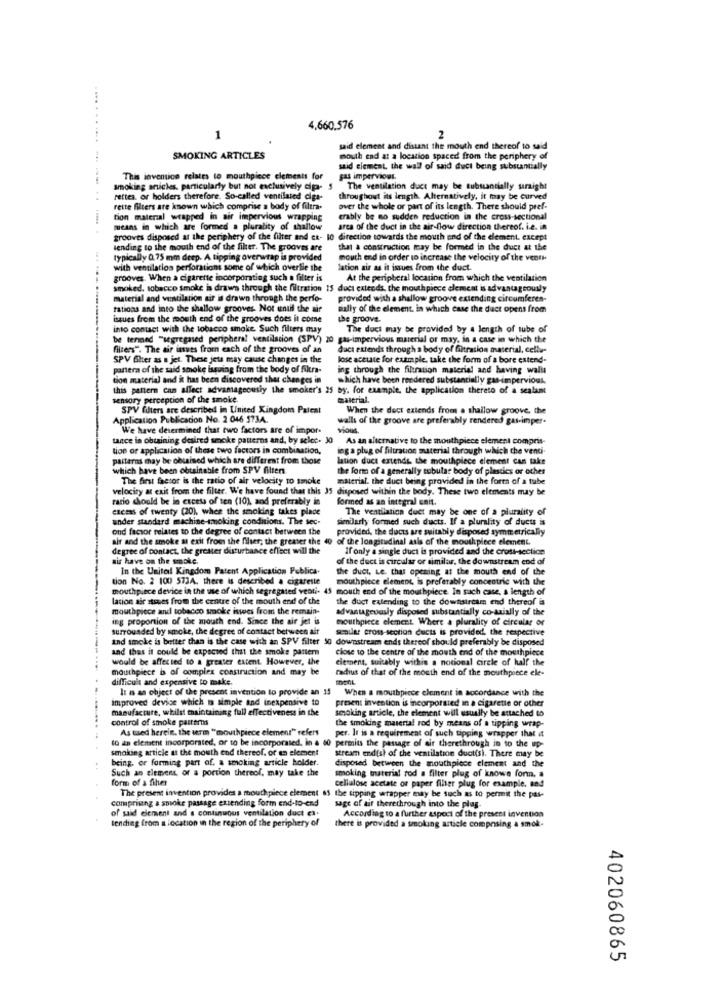
4,660.576
1
2
said element and distant the mouth end thereof to said
SMOKING ARTICLES
mouth end at a location spaced from the periphery of
said clement, the wall of said duct being substantially
This invention relates to mouthpiece elements for
gas impervious.
smoking articles, particularly but not exclusively diga- $ The ventilation duct may be substantially sraight
smoking articles. particularly but not exclusively diga-
rettes. or holders therefore. So-called ventilated ciga-
throughout its length. Alternatively, it may be curved
rette filters are known which comprise a body of filtra.
over the whole or part of its length. There should pref.
tion material wrapped in air impervious wrapping
erably be no sudden reduction in the cross-sectional
... ... .... ... ... .....
means in which are formed a plurality of shallow
area of the duct in the air-flow direction thereof. i.e. in
grooves disposed at the periphery of the filter and ca- 10 direction towards the mouth and of the element. except
lending to the mouth end of the filter. The grooves are
that a construction may be formed in the duct at the
typically Q.75 mm deep. A tipping overwrap is provided
mouth and in order to increase the velocity of the venti
with ventilation perforations some of which overBie the
lation air as it issues from the duct.
grooves. When a cigarette incorporating such o filter is
At the peripheral location from which the ventilation
smoked, tobacco smoke is draws through the filtration 15 duct catends, the mouthpiece element is advantageously
material and ventilation air is drawn through the perfe-
provided with a shallow groove extending circumferen-
tations and into the shallow grooves. Not until the air
sally of the element. in which case the duet opens from
issues from the mouth end of the grooves does it come
the groove.
into contact with the tobacco smoke Such filters may
The duct may be provided by a length of tube of
be termed "segregated peripheral ventilation (SPV) 20 gas-impervious material or may, in a case in which the
filters". The air issues from each of the grooves of an
duct extends through a body of filtration material, cellu-
SPV Ghter as s jet. These jets may cause changes in the
lose acette for example. take the form of a bore extend-
pantera of the said smoke issuing from the body of filtra-
ing through the filtration material and having walls
tion material and it has been discovered that changes in
which have been rendered substantially gas-impervious.
this pattern can affect advantagecushy the smoker's 25 by. for example, the application thereto of a sealant
sensory perception of the smoke.
material.
SPV filters are described in United Kingdom Palest
When the dect extends from a shallow groove, the
Application Publication No. 2 046 5734.
walls of the groove are preferably rendered gas-imper-
We have determined that two factors are of impor-
ViOUS.
tance is obuining desired smoke patterns and, by selec. JO
As an alternative to the mouthpiece element compris-
tioe or application of these two factors in combination,
leg a plug of filtration material through which che venti-
palfarns may be obtained which are different from those
lation duct extends, the mouthpiece element can take
which have been obtainable from SPV filters
the form of a generally tubular body of plastics or other
The first fhaesor is the ratio of air velocity to smoke
material. the duct being provided in the form of a tube
velocity at exit from the filter. We have found that this 35 disposed within the body. These two elements may be
rario should be in excess of ten (10), and preferably in
formed as an integral unit.
excess of twenty (20), when the smoking takes place
The ventilation duct may be one of a plurality of
ander standard machine-smoking conditions. The sec.
similarly formed such ducts. If a plurality of ducts is
ond factor relates to the degree of contact between the
provided, the ducts are suitably disposed symmetrically
air and the smoke at exit from the filer; the greater the 40 of the longitudinal asis of the mouthpiece element.
degree of contact, the greater disturbance effect will the
If only a single duct is provided and the crust-section
ais have on the smoke.
of the duct is circular or similar, the downstream end of
In the United Kingdom Patent Application Publica.
the duet, Le thar opening at the mouth end of the
tion No. 2 100 573A. there is described a cigarette
mouthpiece element, is preferably concentric with the
mouthpiece device in the use of which segregated vesti. 45 mouth end of the mouthpiece. In such case, s length of
lacion air stases from the centre of the mouth end of the
the duct extending to the downstream end thereof is
mouthpiece and tobacco smoke iswees from the remain-
advantageously disposed substantially co-axially of the
ing proportion of the mouth end. Since the air jet is
mouthpiece element. Where a plurality of circular or
surrounded by smoke, the degree of contact between ait
semilas cross-section ducts is provided, the respective
and smoke is better than is the case with an SPV filter 30 downstream ends thereof should preferably be disposed
and thus it could be expected that the smoke pattern
close to the centre of the mouth end of the mouthpiece
would be affected to a greater extent. However, the
clement, suitably withis a notional circle of half the
mouthpiece b of complex construction and may be
radius of that of the mouth end of the mouthpiece ele-
difficult and expensive to make.
It is an object of the present invention to provide an 35
When a mouthpiece element in accordance with the
improved device which is simple and inexpensive to
present invention is incorporated in a cigarette or other
manufacture, whilst maintaining full effectiveness in the
smoking article, the element will usually be attached to
control of smoke patterns
the smoking material rod by means of a tipping wrap-
As tued herein. the urm "mouthpiece element" refers
per. It is a requirement of such tipping wrapper that it
to an element incorporated, or to be incorporated, in a 60 permits the passage of air therethrough in to the up-
smoking article at the mouth end thereof. or en element
stream endish of the ventilation duct(s). There may be
being, or forming part of. a smoking article holder.
disposed between the mouthpiece element and the
Such an element, or a portion thereof, may take the
form of a fihver
smoking tnaterial rod a filter plug of knows form. a
cellulose acetate or paper fiher plug for example. and
comprising & smoke passage extending form end-to-end
The present invention provides a mouthpiece element 61 the tipping wrapper may be such as to permit the pas-
sage of air therethrough into the plug-
According to a further aspect of the present invention
of said element and a continuous ventilation duct ex.
tending from a location in the region of the periphery of
there is provided a smoking article composing a smok-
402060865